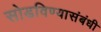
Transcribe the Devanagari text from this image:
सोडविण्यासंबंधी